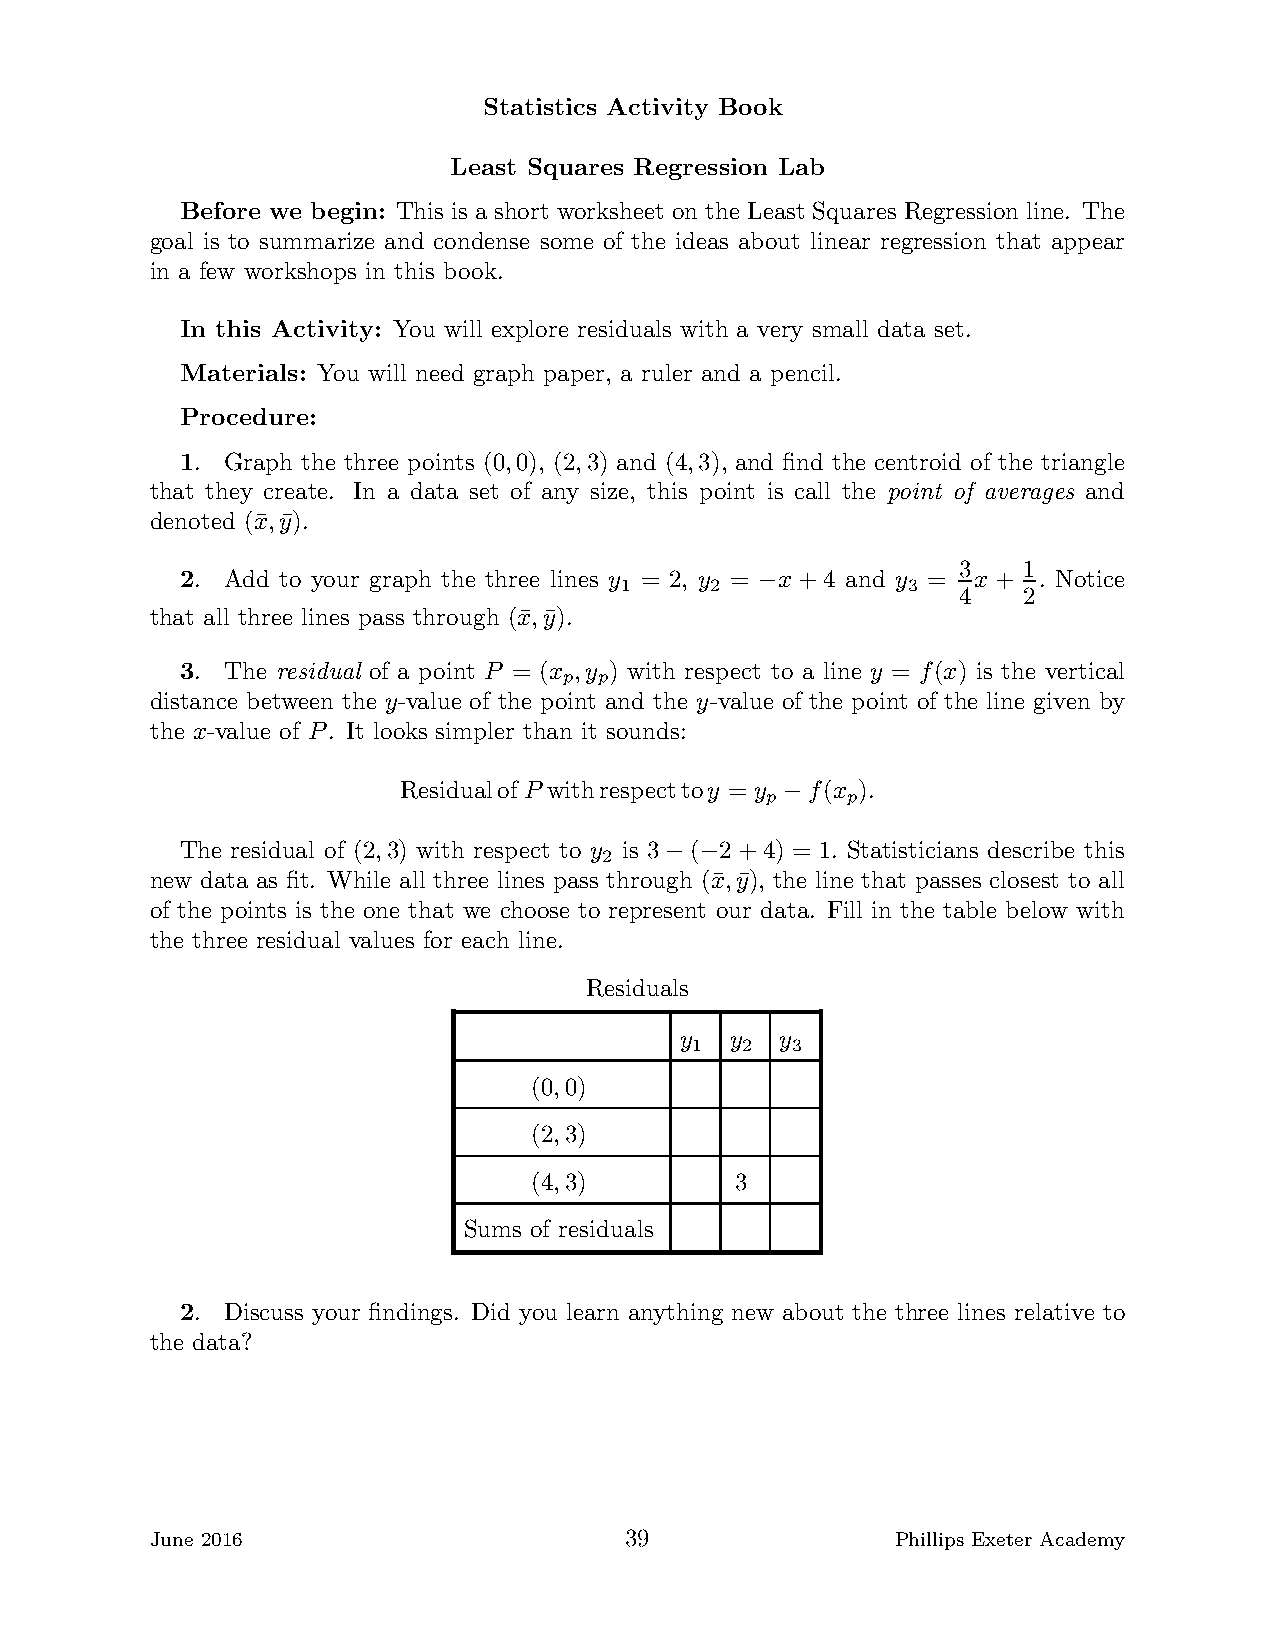
Statistics Activity Book
 Least Squares Regression Lab
 Before we begin: This is a short worksheet on the Least Squares Regression line. The
 goal is to summarize and condense some of the ideas about linear regression that appear
 in a few workshops in this book.
 In this Activity: You will explore residuals with a very small data set.
 Materials: You will need graph paper, a ruler and a pencil.
 Procedure:
 1. Graph the three points (0,0), (2,3) and (4,3), and find the centroid of the triangle
 that they create. In a data set of any size, this point is call the point of averages and
 denoted (x¯,y¯).
 3    1
 2. Add to your graph the three lines y = 2, y = x + 4 and y = x + . Notice
 1     2            3
 −            4    2
 that all three lines pass through (x¯,y¯).
 3. The residual of a point P = (x ,y ) with respect to a line y = f(x) is the vertical
 p  p
 distance between the y-value of the point and the y-value of the point of the line given by
 the x-value of P. It looks simpler than it sounds:
 ResidualofP withrespecttoy = y f(x ).
 p    p
 −
 The residual of (2,3) with respect to y is 3 ( 2+4) = 1. Statisticians describe this
 2
 − −
 new data as fit. While all three lines pass through (x¯,y¯), the line that passes closest to all
 of the points is the one that we choose to represent our data. Fill in the table below with
 the three residual values for each line.
 Residuals
 y  y   y
 1  2  3
 (0,0)
 (2,3)
 (4,3)         3
 Sums of residuals
 2. Discuss your findings. Did you learn anything new about the three lines relative to
 the data?
 June 2016                      39                Phillips Exeter Academy